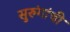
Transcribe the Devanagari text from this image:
सुरुंगांची